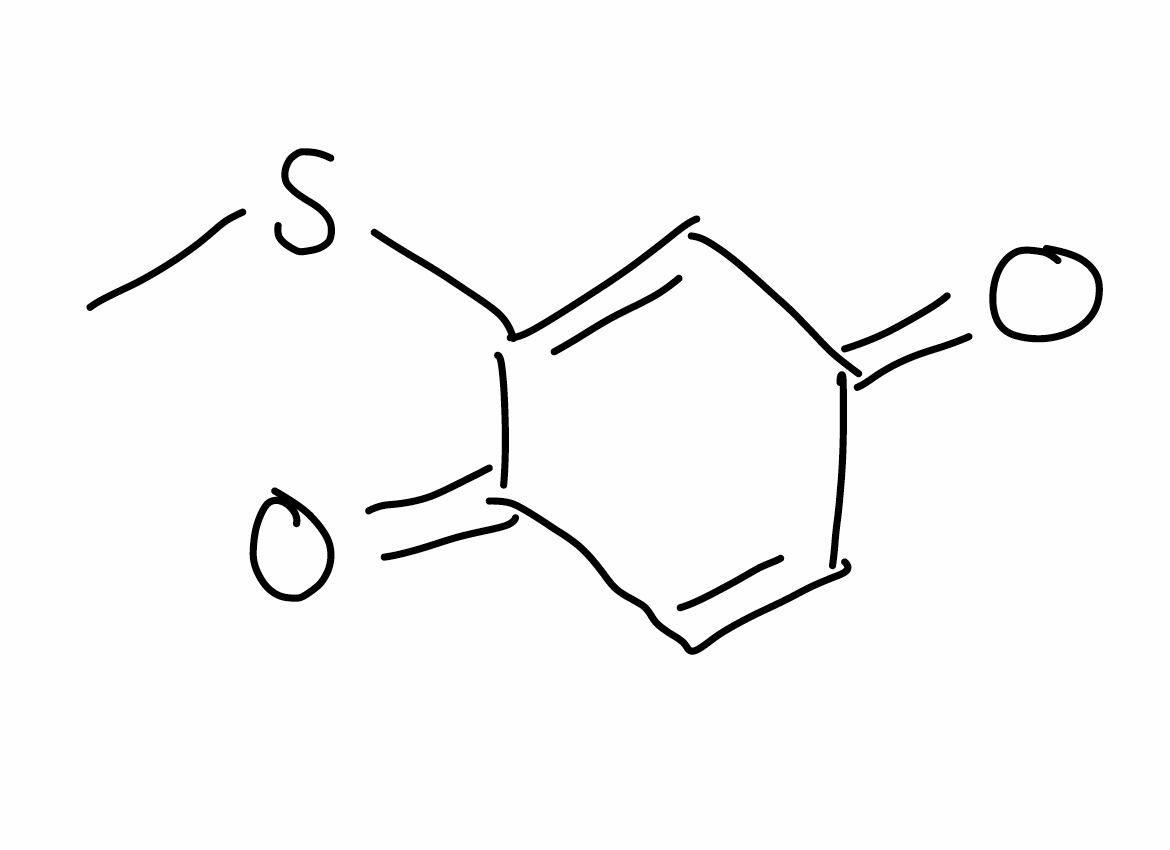
Simplified molecular-input line-entry system (SMILES) notation of the given molecule:
CSC1=CC(=O)C=CC1=O